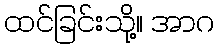
ထင်ခြင်းသို့။ အာဂ